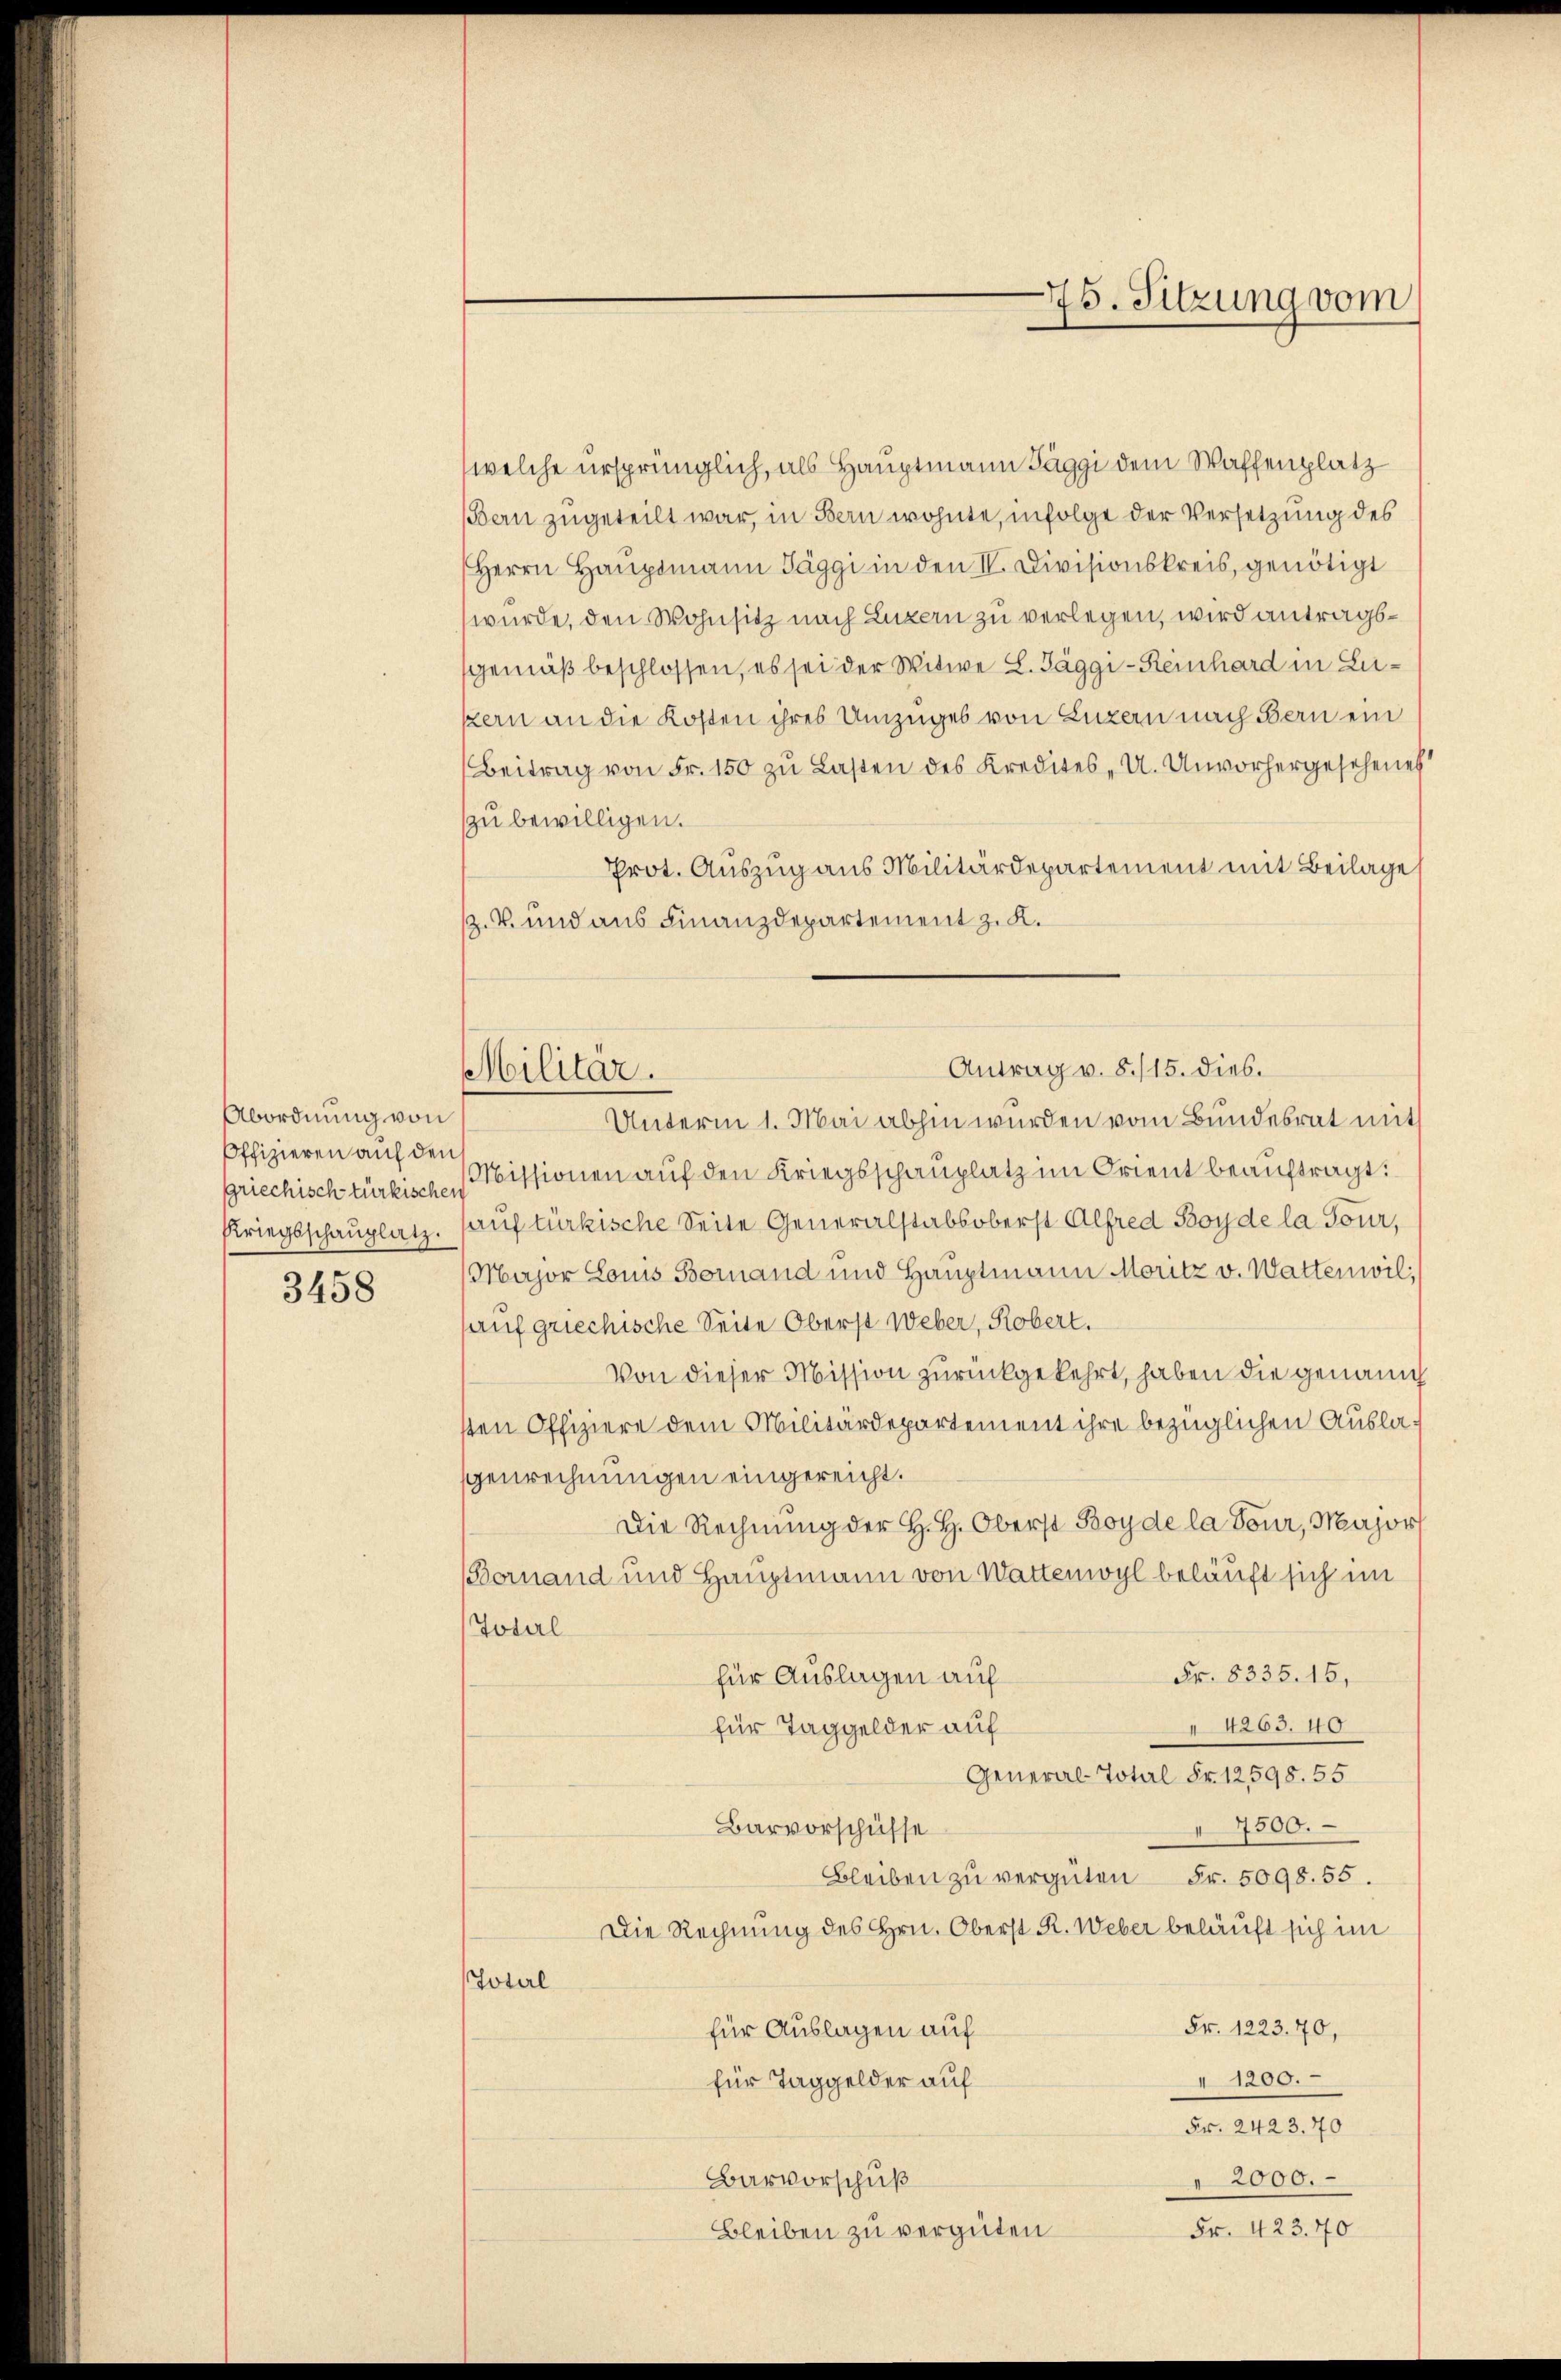
Abordnung von
Offizieren auf den

3458

Militär.

welche ursprünglich, als Hauptmann Täggi dem Waffenplatz
Bern zugeteilt war, in Bern wohnte, infolge der Versetzung des
Herrn Hauptmann Täggi in den II. Divisionskreis, genötigt
wurde, den Wohnsitz nach Luzern zu verlegen, wird antragsgemäß beschlossen, es sei der Witwe L. Jäggi-Reinhard in Lukern an die Kosten ihres Umzuges von Luzern nach Bern ein
Beitrag von Fr. 150 zu Lasten des Kredites - U. Unvorhergesehenes
zu bewilligen.
Prot. Auszug aus Militärdepartement mit Beilage
z. V. und aus Finanzdepartement z. K.
Unterm 1. Mai abhin wurden vom Bundesrat mit
griechisch türkischen Missionen auf den Kriegsschauplatz im Orient beauftragt:
Kriegsschauplatz. auf türkische Seite Generalstabsoberst Alfred Boy de la Tour,
Major Louis Bornand und Hauptmann Moritz v. Wattenwil,
auf griechische Seite Oberst Weber, Robert.
Von dieser Mission zurückgekehrt, haben die genann
ten Offiziere dem Militärdepartement ihre bezüglichen Auslagenrechnungen eingereicht.
Die Rechnung der H. H. Oberst Boy de la Tour, Major
Bornand und Hauptmann von Wattemoyl beläuft sich im
Toderl
Fr. 8335. 15.
für Auslagen auf
4263. 40
für Taggelder auf
General-Total Fr. 12,598. 55
4300.
Barvorschüsse
Bleiben zu vergüten Fr. 5098. 55.
Die Rechnung des Hrn. Oberst R. Weber beläuft sich im
Soterl
Fr. 1223. 70,
für Auslagen auf
1200.
für Taggelder auf
Fr. 2423. 70
2000.
Barvorschuß
Fr. 423. 70
Bleiben zu vergüten.

Antrag v. 8./15. dies.

75. Sitzung vom